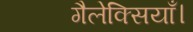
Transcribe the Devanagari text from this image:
गैलेक्सियाँ।